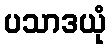
ပသာဒယုံ